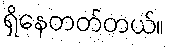
ရှိနေတတ်တယ်။